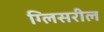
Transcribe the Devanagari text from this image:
ग्लिसरील